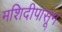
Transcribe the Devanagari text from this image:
मशिदीपासून